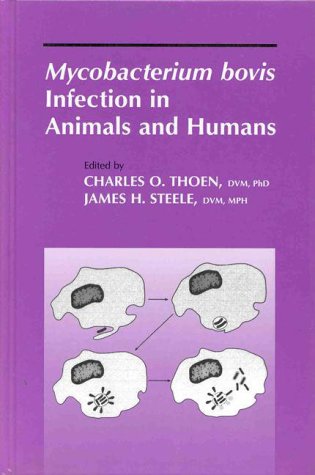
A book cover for Mycobacterium bovis Infection in Animals and Humans; Medical Books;